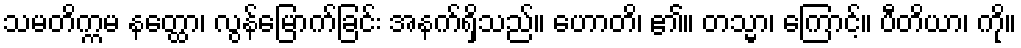
သမတိက္ကမ နတ္ထော၊ လွန်မြောက်ခြင်း အနက်ရှိသည်။ ဟောတိ၊ ၏။ တသ္မာ၊ ကြောင့်။ ပီတိယာ၊ ကို။